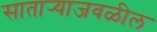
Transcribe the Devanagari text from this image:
सातार्‍याजवळील